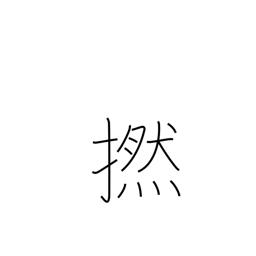
Meaning: twine